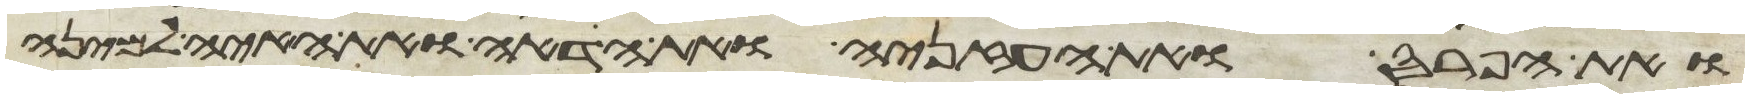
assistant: ואת הפרס ואת העזניה ואת הדאה ואת האיה למינה